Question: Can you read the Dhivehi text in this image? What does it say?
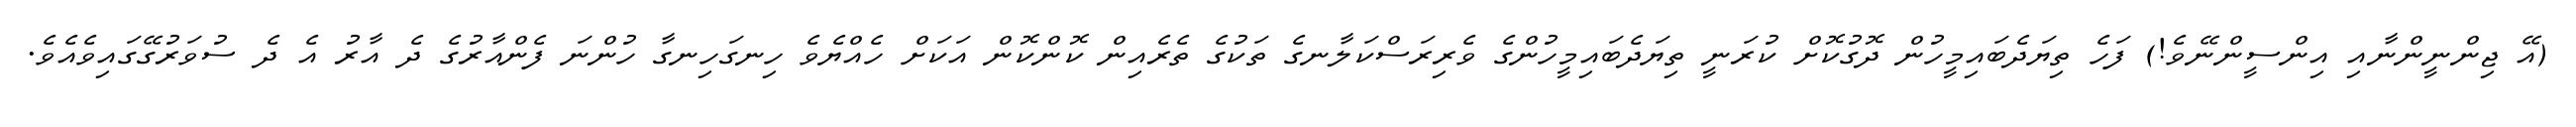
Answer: (އޭ ޖިންނީންނާއި އިންސީންނޭވެ!) ފަހެ ތިޔަދެބައިމީހުން ދޮގުކޮށް ކުރަނީ ތިޔަދެބައިމީހުންގެ ވެރިރަސްކަލާނގެ ތަކުގެ ތެރެއިން ކޮންކޮން އަކަށް ހެއްޔެވެ ހިނގަހިނގާ ހުންނަ ފެންއާރުގެ ދެ އާރު އެ ދެ ސުވަރުގޭގައިވެއެވެ.